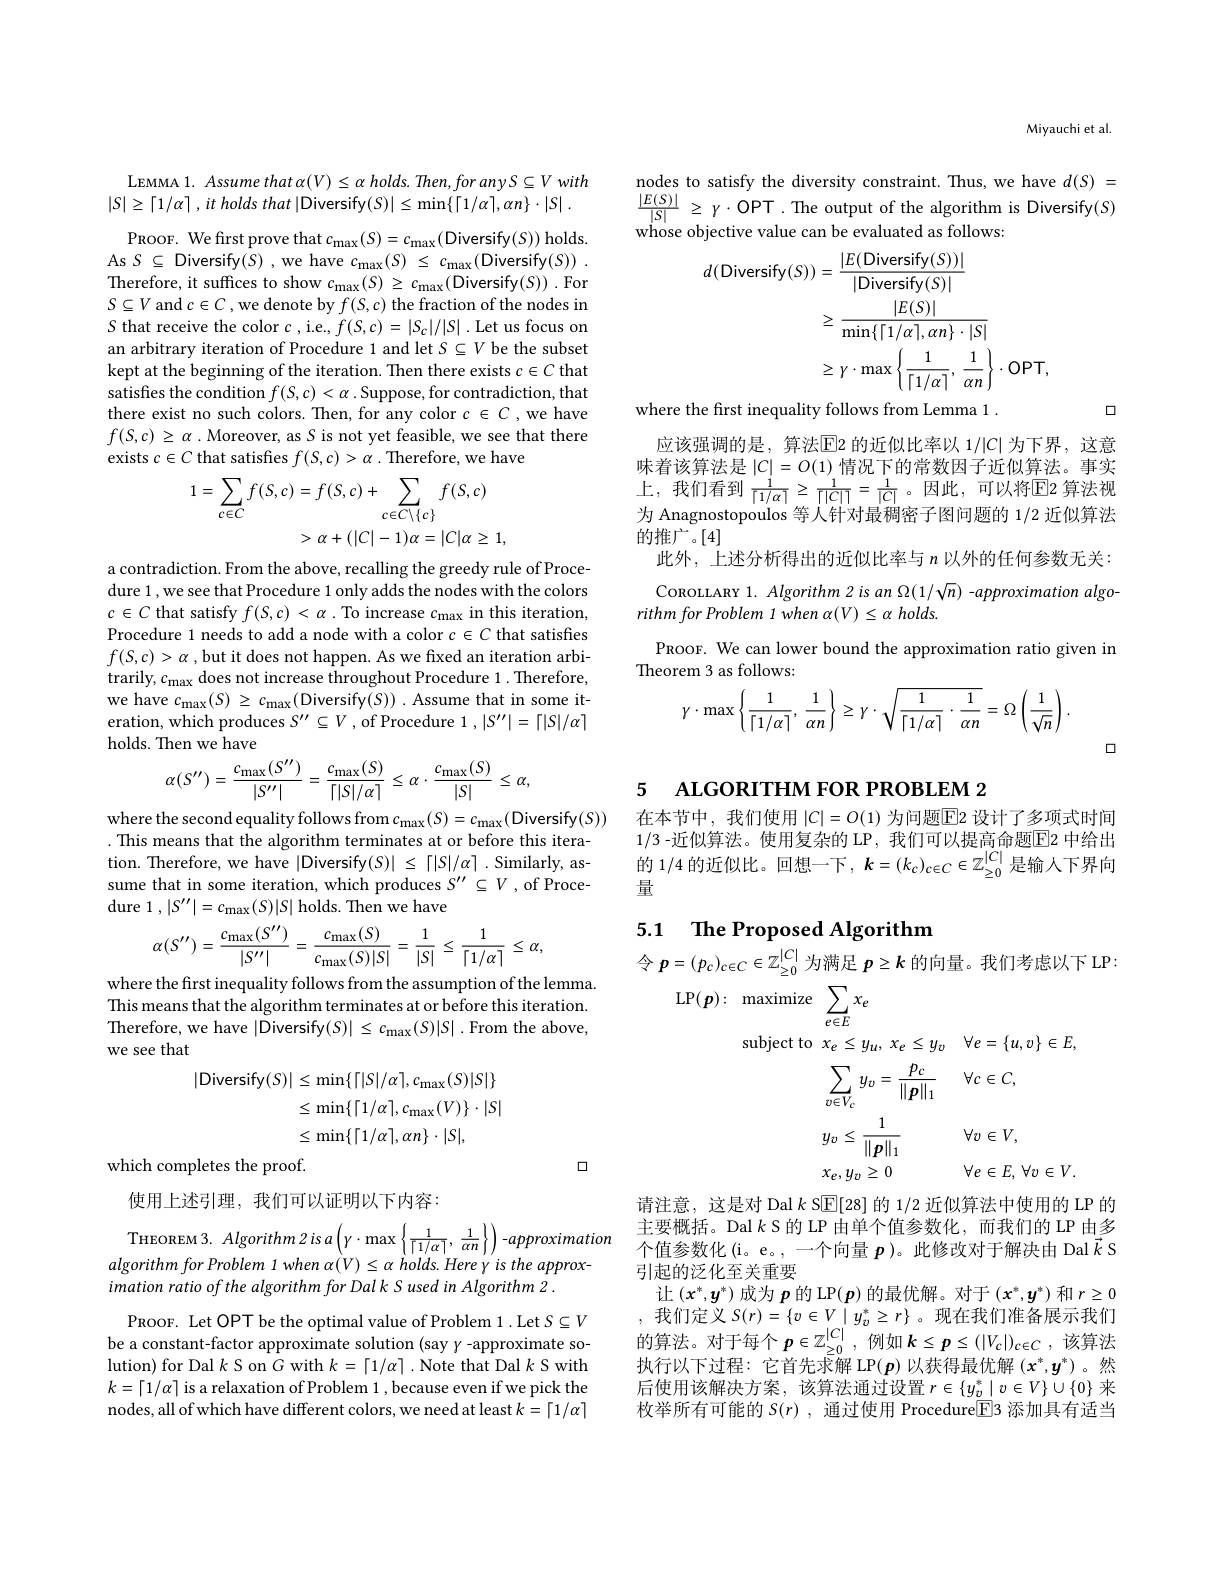
LEMMA 1. Assume that $\alpha(V)\leq\alpha$ holds. Then, for any S $\subseteq V$ with
$| S| \geq \lceil 1/ \alpha \rceil$ , $it$ holds that |Diversify$( S) | \leq \min \{ \lceil 1/ \alpha \rceil , \alpha n\} \cdot | S|$ .

$\begin{array}{c}{\mathrm{PROOF.~We~first~prove~that~}c_{\max}(S)=c_{\max}(\text{Diversify}(S))\mathrm{~holds.}}\\{\mathrm{As~}S\subseteq~\mathrm{Diversify}(S)~,~\mathrm{we~have~}c_{\max}(S)~\leq~c_{\max}(\text{Diversify}(S))~.}\end{array}$ Therefore, it suffices to show $c_{\mathrm{max}}(S)\geq c_{\mathrm{max}}($Diversify$(S)).$For $S\subseteq V$ and $c\in C$,we denote by $f(S,c)$ the fraction of the nodes in $S$ that receive the color $c$, i.e., $f(S,c)=|S_c|/|S|.$ Let us focus on an arbitrary iteration of Procedure 1 and let $S\subseteq V$ be the subset kept at the beginning of the iteration. Then there exists $c\in C$ that satisfies the condition $f(S,c)<\alpha$ .Suppose, for contradiction, that there exist no such colors. Then, for any color $c\in C$ ,we have $f(S,c)\geq\alpha.$ Moreover, as $S$ is not yet feasible, we see that there exists $c\in C$ that satisfes $f(S,c)>\alpha.$ Therefore, we have
$$\begin{aligned}1=\sum_{c\in C}f(S,c)&=f(S,c)+\sum_{c\in C\setminus\{c\}}f(S,c)\\&>\alpha+(|C|-1)\alpha=|C|\alpha\geq1,\end{aligned}$$
a contradiction. From the above, recalling the greedy rule of Procedure 1, we see that Procedure 1 only adds the nodes with the colors $c\in C$ that satisfy $f(S,c)<\alpha.$ To increase $c_\mathrm{max}$ in this iteration, Procedure 1 needs to add a node with a color $c\in C$ that satisfies $f(S,c)>\alpha$ , but it does not happen. As we fixed an iteration arbitrarily, $c_\mathrm{max}$ does not increase throughout Procedure 1. Therefore, we have $c_\mathrm{max}(S)\geq c_\mathrm{max}($Diversify$(S)).$ Assume that in some iteration, which produces $S^\prime\prime\subseteq V$ , of Procedure 1 , $|S^\prime\prime|=\lceil|S|/\alpha\rceil$ holds. Then we have
$$\alpha(S'')=\frac{c_{\max}(S'')}{|S''|}=\frac{c_{\max}(S)}{\lceil|S|/\alpha\rceil}\leq\alpha\cdot\frac{c_{\max}(S)}{|S|}\leq\alpha,$$
where the second equality follows from $c_{\max}(S)=c_{\max}($Diversify$(S))$
. This means that the algorithm terminates at or before this iteration. Therefore, we have |Diversify$(S)|\leq\lceil|S|/\alpha\rceil.$ Similarly, assume that in some iteration, which produces $S^\prime\prime\subseteq V$ ,of Procedure 1 , $|S^\prime\prime|=c_{\max}(S)|S|$ holds. Then we have
$$\alpha(S^{\prime\prime})=\frac{c_{\max}(S^{\prime\prime})}{|S^{\prime\prime}|}=\frac{c_{\max}(S)}{c_{\max}(S)|S|}=\frac{1}{|S|}\leq\frac{1}{\lceil1/\alpha\rceil}\leq\alpha,$$
where the first inequality follows from the assumption of the lemma.

This means that the algorithm terminates at or before this iteration. Therefore, we have |Diversify$(S)|\leq c_{\max}(S)|S|.$From the above, we see that
$$\begin{aligned}|\mathrm{Diversify}(S)|&\leq\min\{\lceil|S|/\alpha\rceil,c_{\max}(S)|S|\}\\&\leq\min\{\lceil1/\alpha\rceil,c_{\max}(V)\}\cdot|S|\\&\leq\min\{\lceil1/\alpha\rceil,\alpha n\}\cdot|S|,\\\end{aligned}$$
口

which completes the proof.

使用上述引理，我们可以证明以下内容：

THEOREM 3. $Algorithm2isa\left(\gamma\cdot\max\left\{\frac{1}{\lceil1/\alpha\rceil},\:\frac{1}{\alpha n}\right\}\right)-approximation$ algorithm for Problem 1 when $\alpha(V)\leq\alpha$ holds. Here y is the approximation ratio of the algorithm for Dalk S used in Algorithm 2 .

PROOF. Let OPT be the optimal value of Problem 1. Let $S\subseteq V$ be a constant-factor approximate solution (say $y$ -approximate solution) for Dal $k$ S on $G$ with $k=\lceil1/\alpha\rceil.$ Note that Dal $k$ S with $k=\lceil1/\alpha\rceil$ is a relaxation of Problem 1 , because even if we pick the nodes, all of which have different colors, we need at least $k=\lceil1/\alpha\rceil$

Miyauchi et al

$\begin{array}{l}\mathrm{nodes~to~satisfy~the~diversity~constraint.~Thus,~we~have~}d(S)=\\\frac{|E(S)|}{|S|}\geq\gamma\cdot\mathrm{OPT.~The~output~of~the~algorithm~is~Diversify}(S)\\\mathrm{whose~objective~value~can~be~evaluated~as~follows:}\end{array}$
$$\begin{aligned}d(\mathrm{Diversify}(S))&=\frac{|E(\mathrm{Diversify}(S))|}{|\mathrm{Diversify}(S)|}\\&\geq\frac{|E(S)|}{\min\{\lceil1/\alpha\rceil,\alpha n\}\cdot|S|}\\&\geq\gamma\cdot\max\left\{\frac{1}{\lceil1/\alpha\rceil},\:\frac{1}{\alpha n}\right\}\cdot\mathrm{OPT},\\\end{aligned}$$
口

where the first inequality follows from Lemma 1 .
应该强调的是，算法$\overline{\mathrm{E}}$2 的近似比率以 1/|C| 为下界，这意味着该算法是$\left|C\right|=O(1)$情况下的常数因子近似算法。事实上，我们看到$\frac1{|1/\alpha|}\geq\frac1{||C||}=\frac1{|C|}$。因此，可以将$\mathbb{E}$2 算法视为 Anagnostopoulos 等人针对最稠密子图问题的 1/2 近似算法的推广。[4]
此外，上述分析得出的近似比率与$n$以外的任何参数无关： COROLLARY 1. Algorithm 2 is an $\Omega(1/\sqrt{n})$ -approximation algorithm for Problem 1 when $\alpha(V)\leq\alpha$ holds
PROOF. We can lower bound the approximation ratio given in
Theorem 3 as follows:
$$\gamma\cdot\max\left\{\frac{1}{\lceil1/\alpha\rceil},\:\frac{1}{\alpha n}\right\}\geq\gamma\cdot\sqrt{\frac{1}{\lceil1/\alpha\rceil}\cdot\frac{1}{\alpha n}}=\Omega\left(\frac{1}{\sqrt{n}}\right).$$
口

5 АLGORITHM FOR PROBLEM 2

在本节中，我们使用$|C|=O(1)$为问题E2 设计了多项式时间1/3 -近似算法。使用复杂的 LP, 我们可以提高命题▣E2 中给出的 1/4 的近似比。回想一下 $,k=(k_c)_{c\in C}\in\mathbb{Z}_{\geq0}^{|C|}$是输入下界向量

## 5.1 The Proposed Algorithm

$令$ $p= ( p_{c}) _{c\in C}\in \mathbb{Z} _{\geq 0}^{| C| }$为满足$p\geq k$的向量。我们考虑以下 LP

LP$( \boldsymbol{p}) :$ maximize $\sum _e\in Ex_e$

subject to $x_e\leq y_u, x_e\leq y_v$ $\forall e= \{ u, v\} \in E$,
$$\begin{aligned}&\because e\:=\:9u,\:\cdots e\:=\:9v\\&\sum_{v\in V_{c}}y_{v}=\frac{p_{c}}{\|p\|_{1}}\quad\forall c\in C,\\&y_{v}\leq\frac{1}{\|p\|_{1}}\quad\forall v\in V,\\&x_{e},y_{v}\geq0\quad\forall e\in E,\:\forall v\in V.\end{aligned}$$
请注意，这是对 Dal $k$ S$\underline{\mathrm{E}}[28]$的 1/2 近似算法中使用的 LP 的主要概括。Dal$k$ S 的 LP 由单个值参数化，而我们的 LP 由多个值参数化(i。e。,一个向量$p$ )。此修改对于解决由 Dal $\vec{k}$ S 引起的泛化至关重要
让$\left(x^*,y^*\right)$成为 $p$ 的 LP$\left(\boldsymbol{p}\right)$ 的最优解。对于$\left(\boldsymbol{x}^*,\boldsymbol{y}^*\right)$和 $r\geq0$ ,我们定义$S(r)=\{v\in V\mid y_{v}^{*}\geq r\}$ 。现在我们准备展示我们的算法。对于每个$\boldsymbol p\in\mathbb{Z}_\geq0^{|C|}$,例如$\boldsymbol k\leq\boldsymbol p\leq(|V_c|)_{c\in C}$,该算法执行以下过程：它首先求解 LP( $p$)以获得最优解$(x^*,y^*)$。然后使用该解决方案，该算法通过设置$r\in\{y_v^*\mid v\in V\}\cup\{0\}$来枚举所有可能的 S(r) , 通过使用 Procedure$\boxed{\mathrm{F}}$3 添加具有适当